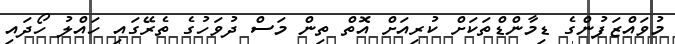
މުވައްޒަފުންގެ ޑިމާންޑްތަކަށް ކުރިއަށް އޮތް ތިން މަސް ދުވަހުގެ ތެރޭގައި ހައްލު ހޯދަައި